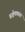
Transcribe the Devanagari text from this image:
प्रक्षेपकात